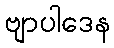
ဗျာပါဒေန